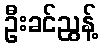
ဦးခင်ညွန့်